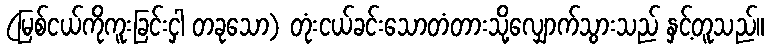
(မြစ်ငယ်ကိုကူးခြင်းငှါ တခုသော) တုံးငယ်ခင်းသောတံတားသို့လျှောက်သွားသည် နှင့်တူသည်။